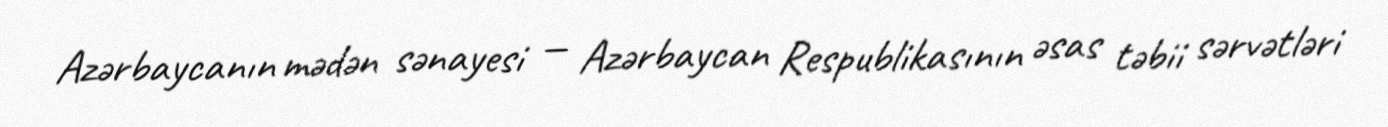
Azərbaycanın mədən sənayesi — Azərbaycan Respublikasının əsas təbii sərvətləri